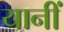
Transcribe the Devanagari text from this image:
यानीं